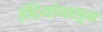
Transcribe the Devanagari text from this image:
इंद्रियांपासून